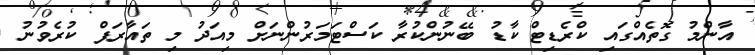
އާންމު ގޮތެެއްގައި ކްރެޑިޓް ކާޑު ބޭނުންކުރާ ކަސްޓަމަރުންނަށް މިއަދު މި ތައާރަފް ކުރެވުނު